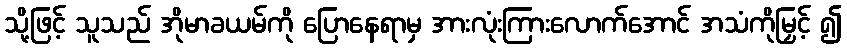
သို့ဖြင့် သူသည် အိုမာခယမ်ကို ပြောနေရာမှ အားလုံးကြားလောက်အောင် အသံကိုမြှင့် ၍